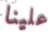
علينا